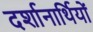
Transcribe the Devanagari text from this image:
दर्शानार्थियों